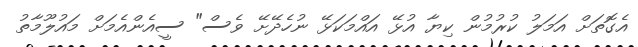
އެގޮތަށް އަމަލު ކުރުމުން ކިޔާ އުޅޭ އައްމަކަޅޭ ނުހެދޭށޭ ވެސް" ސީއެންއެމަށް މައުލޫމާތު